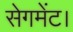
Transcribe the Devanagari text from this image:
सेगमेंट।